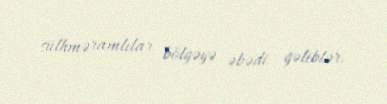
sülhməramlılar bölgəyə əbədi gəliblər.